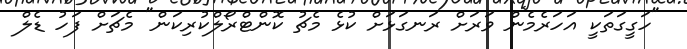
"ހަގީގަތަކީ އަހަރެމެން ވަރަށް ރަނގަޅަށް ކުޅެ މެޗު ކޮންޓްރޯލްކުރިކަން" މެޗަށް ފަހު ޑެލް